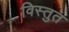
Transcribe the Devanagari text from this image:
विस्तुत